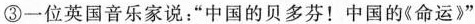
③一位英国音乐家说：”中国的贝多芬！中国的《命运》”